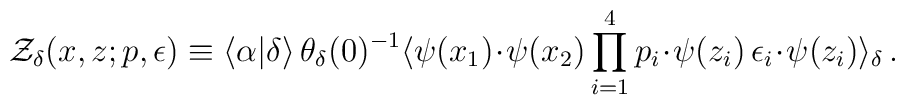
{\cal Z}_{\delta}(x,z;p,\epsilon)\equiv\langle\alpha|\delta\rangle\,\theta_{\delta}(0)^{-1}\langle\psi(x_1)\!\cdot\!\psi(x_2)\prod_{i=1}^{4}p_i\!\cdot\!\psi(z_i)\,\epsilon_i\!\cdot\!\psi(z_i)\rangle_{\delta}\, .